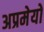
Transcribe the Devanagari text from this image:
अप्रमेयो